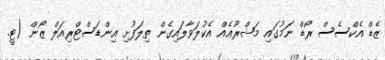
ޒެޑް އެކްސެސް ރޯޑް ނަމުގައި މަޝްރޫޢެއް އެކުލަވާލައިގެން ތިލަފުށި އިންޑަސްޓްރިއަލް ޒޯން (ޓީ.